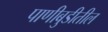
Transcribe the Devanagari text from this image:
पाणीबुडीतील